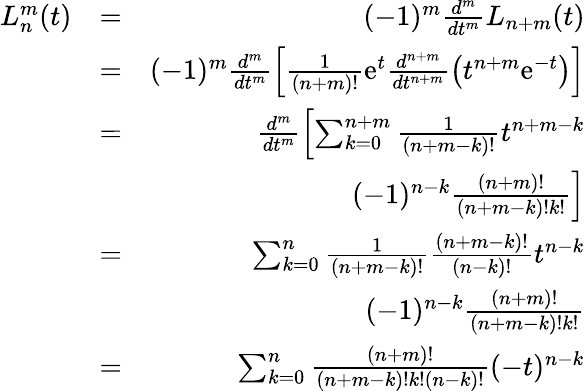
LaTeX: \begin{array}{rlr}{L_{n}^{m}(t)}&{=}&{(-1)^{m}\frac{d^{m}}{dt^{m}}L_{n+m}(t)}\\ &{=}&{(-1)^{m}\frac{d^{m}}{dt^{m}}\left[\frac{1}{(n+m)!}\mathrm{e}^{t}\frac{d^{n+m}}{dt^{n+m}}\left(t^{n+m}\mathrm{e}^{-t}\right)\right]}\\ &{=}&{\frac{d^{m}}{dt^{m}}\left[\sum_{k=0}^{n+m}\frac{1}{(n+m-k)!}t^{n+m-k}\right.}\\ &{}&{\ \ \left.(-1)^{n-k}\frac{(n+m)!}{(n+m-k)!k!}\right]}\\ &{=}&{\sum_{k=0}^{n}\frac{1}{(n+m-k)!}\frac{(n+m-k)!}{(n-k)!}t^{n-k}}\\ &{}&{\ \ (-1)^{n-k}\frac{(n+m)!}{(n+m-k)!k!}}\\ &{=}&{\sum_{k=0}^{n}\frac{(n+m)!}{(n+m-k)!k!(n-k)!}(-t)^{n-k}}\end{array}